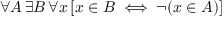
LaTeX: \forall A \, \exists B \, \forall x \, [ x \in B \iff \neg ( x \in A ) ]